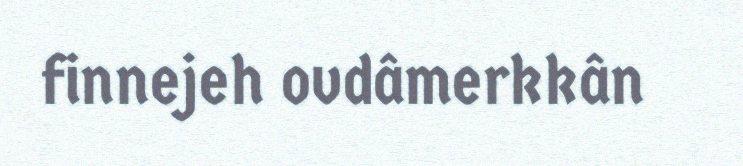
finnejeh ovdâmerkkân